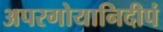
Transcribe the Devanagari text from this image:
अपरगोयानिदीपं